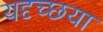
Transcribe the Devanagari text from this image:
यदृच्छया